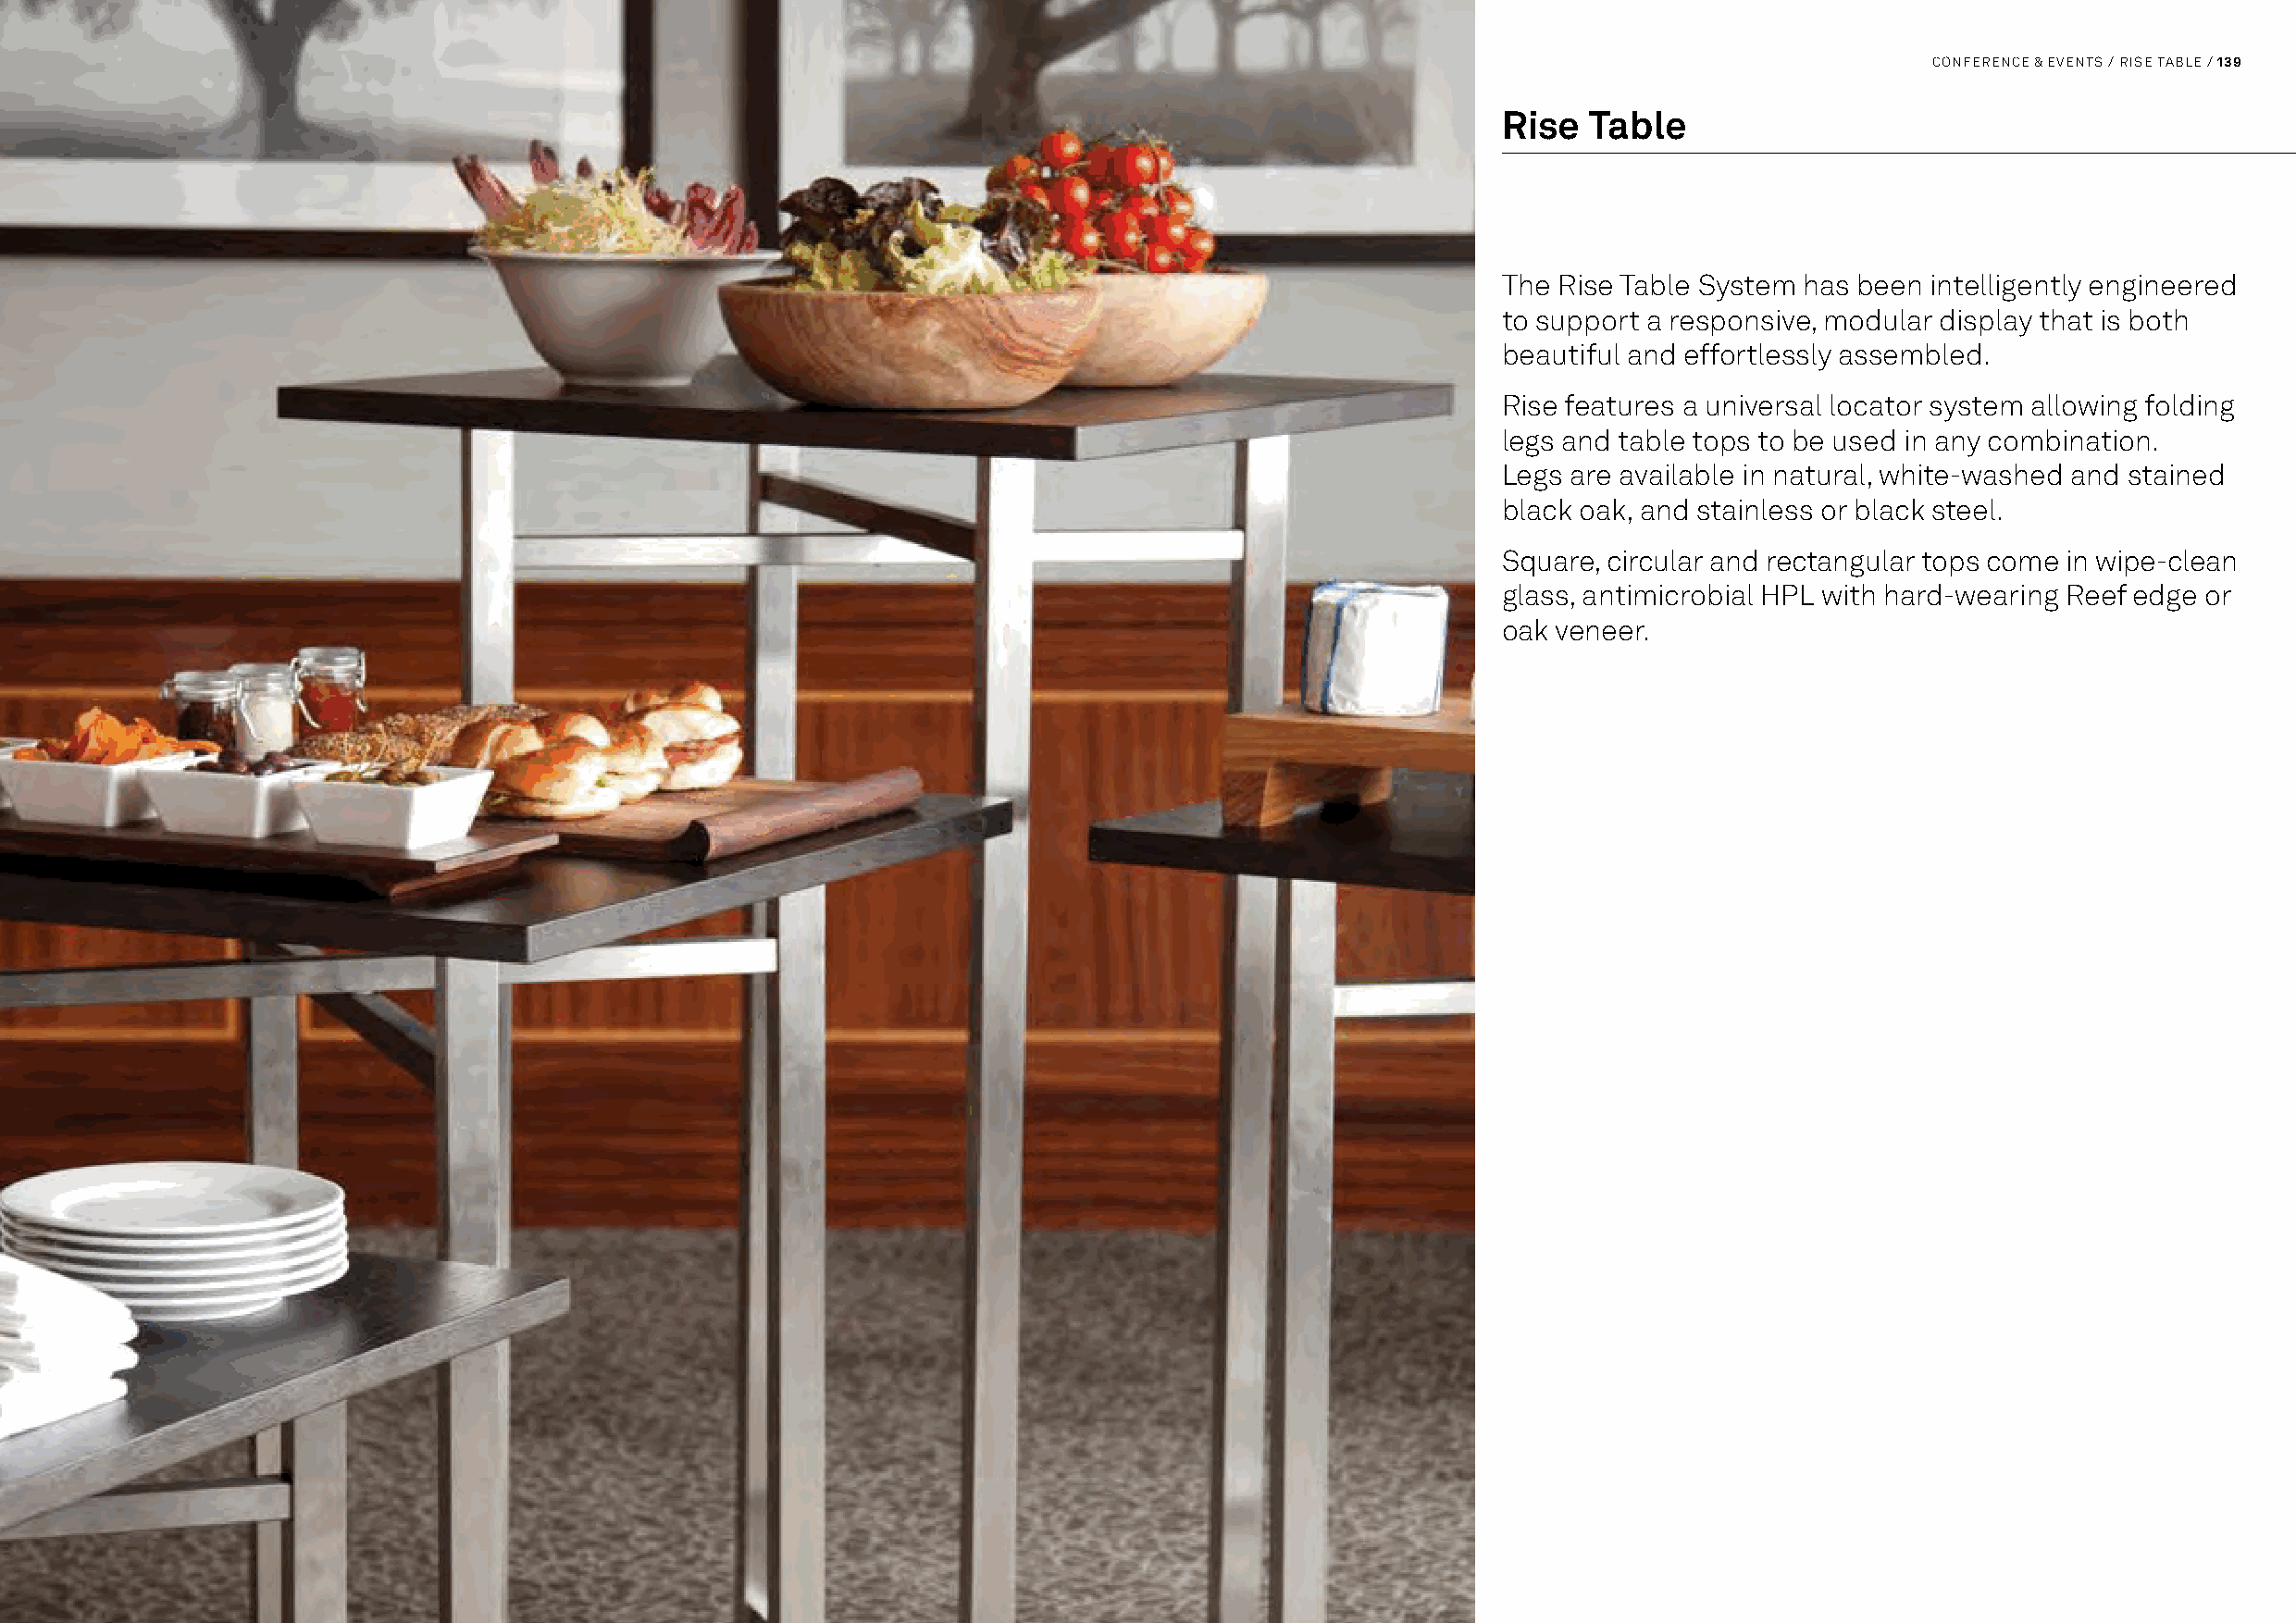
138 / FOOD & BEVERAGE / BUFFET / FLOW                                                • Denotes 'Gold' product                         CONFERENCE & EVENTS / RISE TABLE / 139
 Rise   Table
 The Rise Table System has been intelligently engineered
 to support a responsive, modular display that is both
 beautiful and effortlessly assembled.
 Rise features a universal locator system allowing folding
 legs and table tops to be used in any combination.
 Legs are available in natural, white-washed and stained
 black oak, and stainless or black steel.
 Square, circular and rectangular tops come in wipe-clean
 glass, antimicrobial HPL with hard-wearing Reef edge or
 oak veneer.